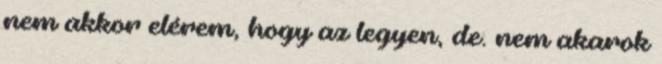
nem akkor elérem, hogy az legyen, de. nem akarok